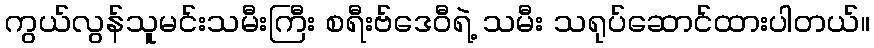
ကွယ်လွန်သူမင်းသမီးကြီး စရီးဗ်ဒေဝီရဲ့ သမီး သရုပ်ဆောင်ထားပါတယ်။